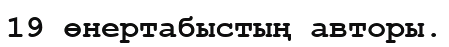
19 өнертабыстың авторы.